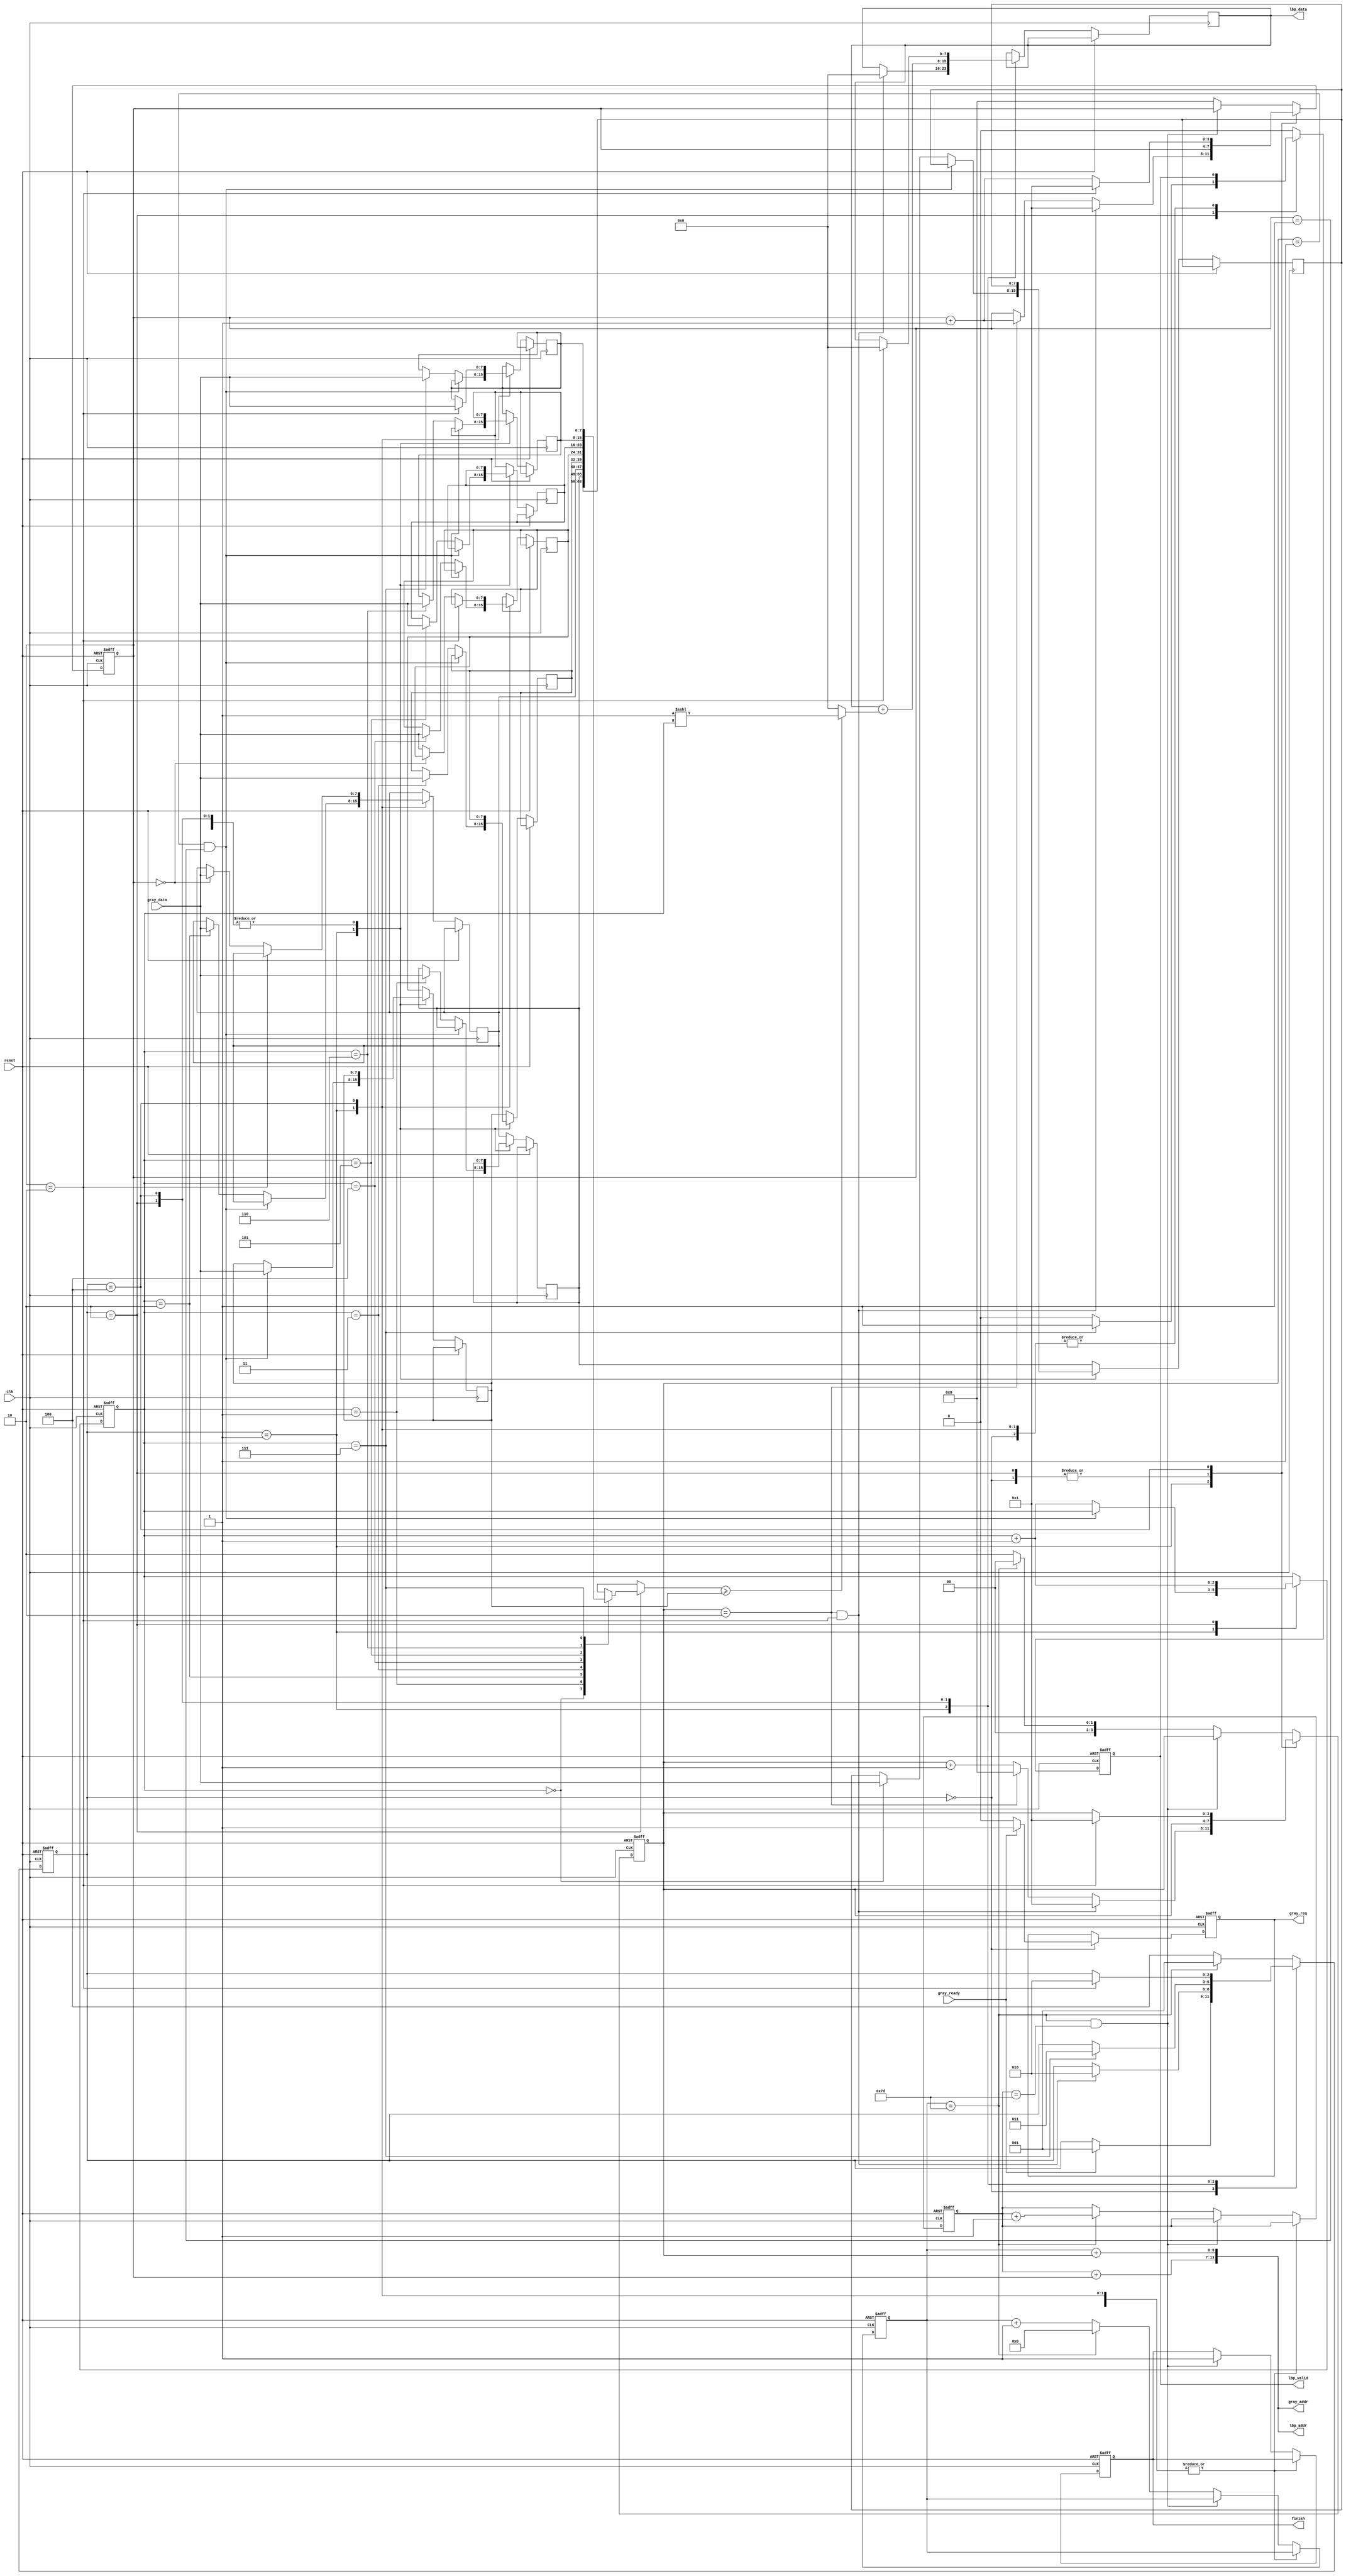

`timescale 1ns/10ps
module LBP ( clk, reset, gray_addr, gray_req, gray_ready, gray_data, lbp_addr, lbp_valid, lbp_data, finish);
input   	clk;
input   	reset;
output  [13:0] 	gray_addr;
output         	gray_req;
input   	gray_ready;
input   [7:0] 	gray_data;
output  [13:0] 	lbp_addr;
output  	lbp_valid;
output  [7:0] 	lbp_data;
output  	finish;

wire [13:0] gray_addr, lbp_addr;
reg [7:0] lbp_data;
reg gray_req, lbp_valid, finish;

localparam Idle = 3'd0;
localparam Read_In_9 = 3'd1;
localparam LBP_Cal = 3'd2;
localparam Modify_Map = 3'd3;
localparam Read_In_3 = 3'd4;

reg [2:0] cur_state, next_state;
reg [6:0] x, y;
reg [7:0] lbp_map[7:0], lbp_central;
reg [2:0] count;
reg [3:0] x_t, y_t;
wire [13:0] one_dim_addr;

assign one_dim_addr = {y + y_t, x + x_t}; 
assign gray_addr = one_dim_addr;
assign lbp_addr = one_dim_addr;

//====================================================================
always @(*) begin
    next_state = cur_state;
    case (cur_state)
        Idle: if (gray_ready) next_state = Read_In_9;
        Read_In_9: if (x_t == 4'd2 && y_t == 4'd2) next_state = LBP_Cal;
        LBP_Cal: if (count == 3'd7) next_state = Modify_Map;
        Read_In_3: if (y_t == 4'd2) next_state = LBP_Cal;
        default: begin
            if (x == 7'd125) 
                next_state = Read_In_9;
            else 
                next_state = Read_In_3;
        end
    endcase
end

always @(posedge clk or posedge reset) 
begin
    
    if(reset)
    begin
        gray_req <= 0;
        lbp_valid <= 0;
        finish <= 0;
        x <= 7'd0;
        y <= 7'd0;
        x_t <= 4'd0;
        y_t <= 4'd0;
        count <= 3'd0;
    end
    else 
    begin
        case (cur_state)
            Idle: begin
                gray_req <= (gray_ready) ? 1 : 0;
            end
            Read_In_9: begin
                if (x_t == 4'd1 && y_t == 4'd1) begin
                    lbp_central <= gray_data;
                    count <= count;
                end
                else begin
                    lbp_map[count] <= gray_data;
                    count <= count + 3'd1;
                end

                if (x_t == 4'd2 && y_t == 4'd2) begin
                    x_t <= 4'd1;
                    y_t <= 4'd1;
                    lbp_data <= 8'd0;
                end
                else begin
                    if (x_t == 4'd2) begin
                        x_t <= 4'd0;
                        y_t <= y_t + 4'd1;
                    end
                    else begin
                        x_t <= x_t + 4'd1;
                    end
                end
            end
            LBP_Cal: begin
                lbp_data <= lbp_data + ((lbp_map[count] >= lbp_central) ? 8'd1 <<< count : 8'd0);
                count <= count + 3'd1;
                lbp_valid <= (count == 3'd7) ? 1 : 0;
            end
            Read_In_3: begin 
                if (y_t == 4'd2) begin
                    x_t <= 4'd1;
                    y_t <= 4'd1;
                    lbp_map[7] <= gray_data;
                    lbp_data <= 8'd0;
                end
                else begin
                    y_t <= y_t + 4'd1;
                    if(y_t == 4'd0) 
                        lbp_map[2] <= gray_data;
                    else 
                        lbp_map[4] <= gray_data;
                end
            end
            default: begin // Modify_Map
                if (x == 7'd125 && y == 7'd125) begin
                    finish <= 1;
                end
                else if (x == 7'd125) begin
                    x <= 7'd0;
                    y <= y + 7'd1;
                    x_t <= 4'd0;
                    y_t <= 4'd0;
                end
                else begin
                    x <= x + 7'd1;
                    x_t <= 4'd2;
                    y_t <= 4'd0;
                end
                lbp_valid <= 0;
                lbp_map[0] <= lbp_map[1];
                lbp_map[1] <= lbp_map[2];
                lbp_map[3] <= lbp_central;
                lbp_central <= lbp_map[4];
                lbp_map[5] <= lbp_map[6];
                lbp_map[6] <= lbp_map[7];
            end
        endcase
    end

end

always @(posedge clk or posedge reset) begin
    if(reset) cur_state <= 0;
    else cur_state <= next_state;
end
//====================================================================
endmodule